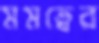
মমত্বের